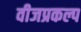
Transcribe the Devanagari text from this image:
वीजप्रकल्प